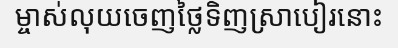
ម្ចាស់លុយចេញថ្លៃទិញស្រាបៀរនោះ